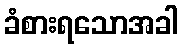
ခံစားရသောအခါ